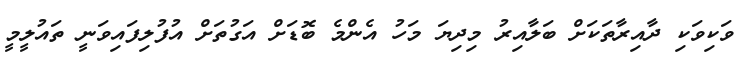
ވަކިވަކި ދާއިރާތަކަށް ބަލާއިރު މިދިޔަ މަހު އެންމެ ބޮޑަށް އަގުތަށް އުފުލިފައިވަނީ ތައުލީމީ